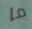
ما